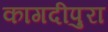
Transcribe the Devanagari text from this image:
कागदीपुरा